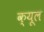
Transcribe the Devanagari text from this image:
क्यूल